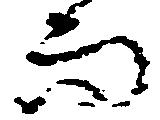
而